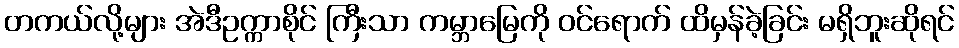
တကယ်လို့များ အဲဒီဥက္ကာစိုင် ကြီးသာ ကမ္ဘာမြေကို ဝင်ရောက် ထိမှန်ခဲ့ခြင်း မရှိဘူးဆိုရင်